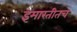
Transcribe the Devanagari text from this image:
इमारतीतच